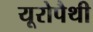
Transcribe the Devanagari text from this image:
यूरोपैथी